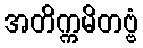
အတိက္ကမိတဗ္ဗံ